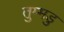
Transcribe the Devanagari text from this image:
तुम्मडु